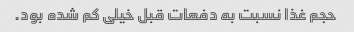
حجم غذا نسبت به دفعات قبل خیلی کم شده بود.